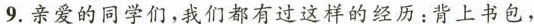
9.亲爱的同学们，我们都有过这样的经历：背上书包，